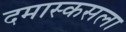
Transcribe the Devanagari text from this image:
दमास्कसला